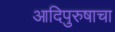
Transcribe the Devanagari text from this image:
आदिपुरुषाचा